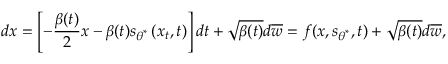
d \boldsymbol { x } = \left[ - \frac { \beta ( t ) } { 2 } \boldsymbol { x } - \beta ( t ) \boldsymbol { s } _ { \boldsymbol { \theta } ^ { * } } \left( \boldsymbol { x } _ { t } , t \right) \right] d t + \sqrt { \beta ( t ) } d \overline { { \boldsymbol { w } } } = f ( \boldsymbol { x } , \boldsymbol { s } _ { \boldsymbol { \theta } ^ { * } } , t ) + \sqrt { \beta ( t ) } d \overline { { \boldsymbol { w } } } ,